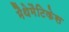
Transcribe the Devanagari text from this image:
मैथेमैटिकेस